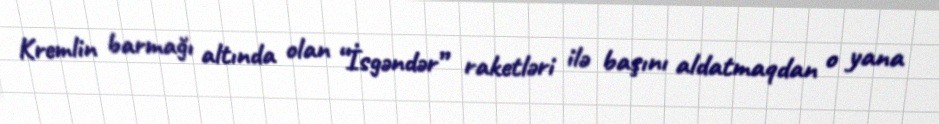
Kremlin barmağı altında olan “İsgəndər” raketləri ilə başını aldatmaqdan o yana